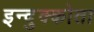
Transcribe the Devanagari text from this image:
इन्दुक्कोता